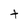
Character: t